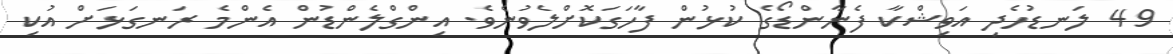
49 ލަނޑުހެދި އަވިޝްކާ ފެނާންޑޯގެ ކުޅުން ފާހަގަކޮށްލެވުނެވެ. އިންގްލެންޑުން އެންމެ ރަނގަޅަށް އުކި